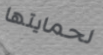
لحمايتها